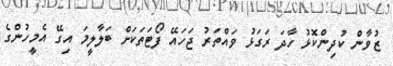
ޒުވާން ކުދިންކޮޅު ހާދަ ރަގަޅު ވައްތަރު ޖަހައޭ ފޯޓަތަކަށް ބަލާލީމަ އިގޭ އެމީހުންގެ